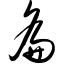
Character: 龠